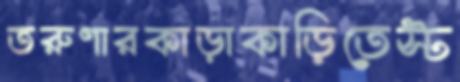
তরুণারকাড়াকাড়িতেস্ট